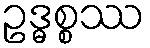
ဥဒ္ဓစ္စဿ